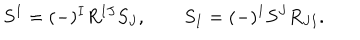
S ^ { I } = ( - ) ^ { I } R ^ { I J } S _ { J } , \qquad S _ { I } = ( - ) ^ { 1 } S ^ { J } R _ { J I } .